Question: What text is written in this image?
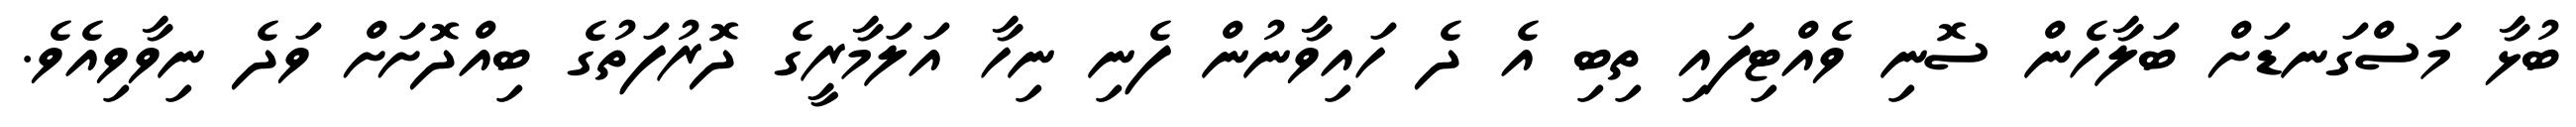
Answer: ބުޅާ މަސްގަނޑަށް ބަލާހެން ސޮނި ވެއްޓިފައި ތިބި އެ ދެ ހައިވާނުން ފެނި ނިހާ އަލަމާރީގެ ދޮރުފަތުގެ ބިއްދޮށަށް ވަދެ ނިވާވިއެވެ.